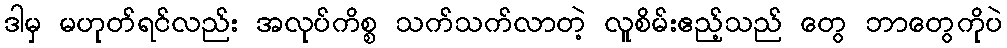
ဒါမှ မဟုတ်ရင်လည်း အလုပ်ကိစ္စ သက်သက်လာတဲ့ လူစိမ်းဧည့်သည် တွေ ဘာတွေကိုပဲ